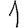
Digit: 1